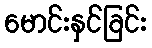
မောင်းနှင်ခြင်း